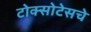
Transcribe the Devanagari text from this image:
टोक्सोटेसचे